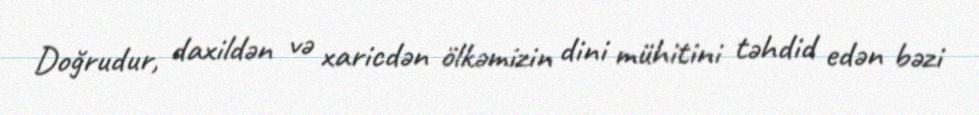
Doğrudur, daxildən və xaricdən ölkəmizin dini mühitini təhdid edən bəzi